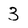
Character: 3